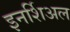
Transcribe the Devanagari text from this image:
इनर्शिअल